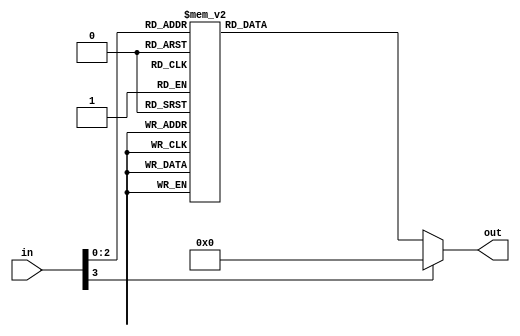
module demux (input [3:0] in,
              output reg [7:0] out);

  always @(*)
    case (in)
      4'b0000: out = 8'b00000001;
      4'b0001: out = 8'b00000010;
      4'b0010: out = 8'b00000100;
      4'b0011: out = 8'b00001000;
      4'b0100: out = 8'b00010000;
      4'b0101: out = 8'b00100000;
      4'b0110: out = 8'b01000000;
      4'b0111: out = 8'b10000000;
      default: out = 8'b00000000;
    endcase

endmodule